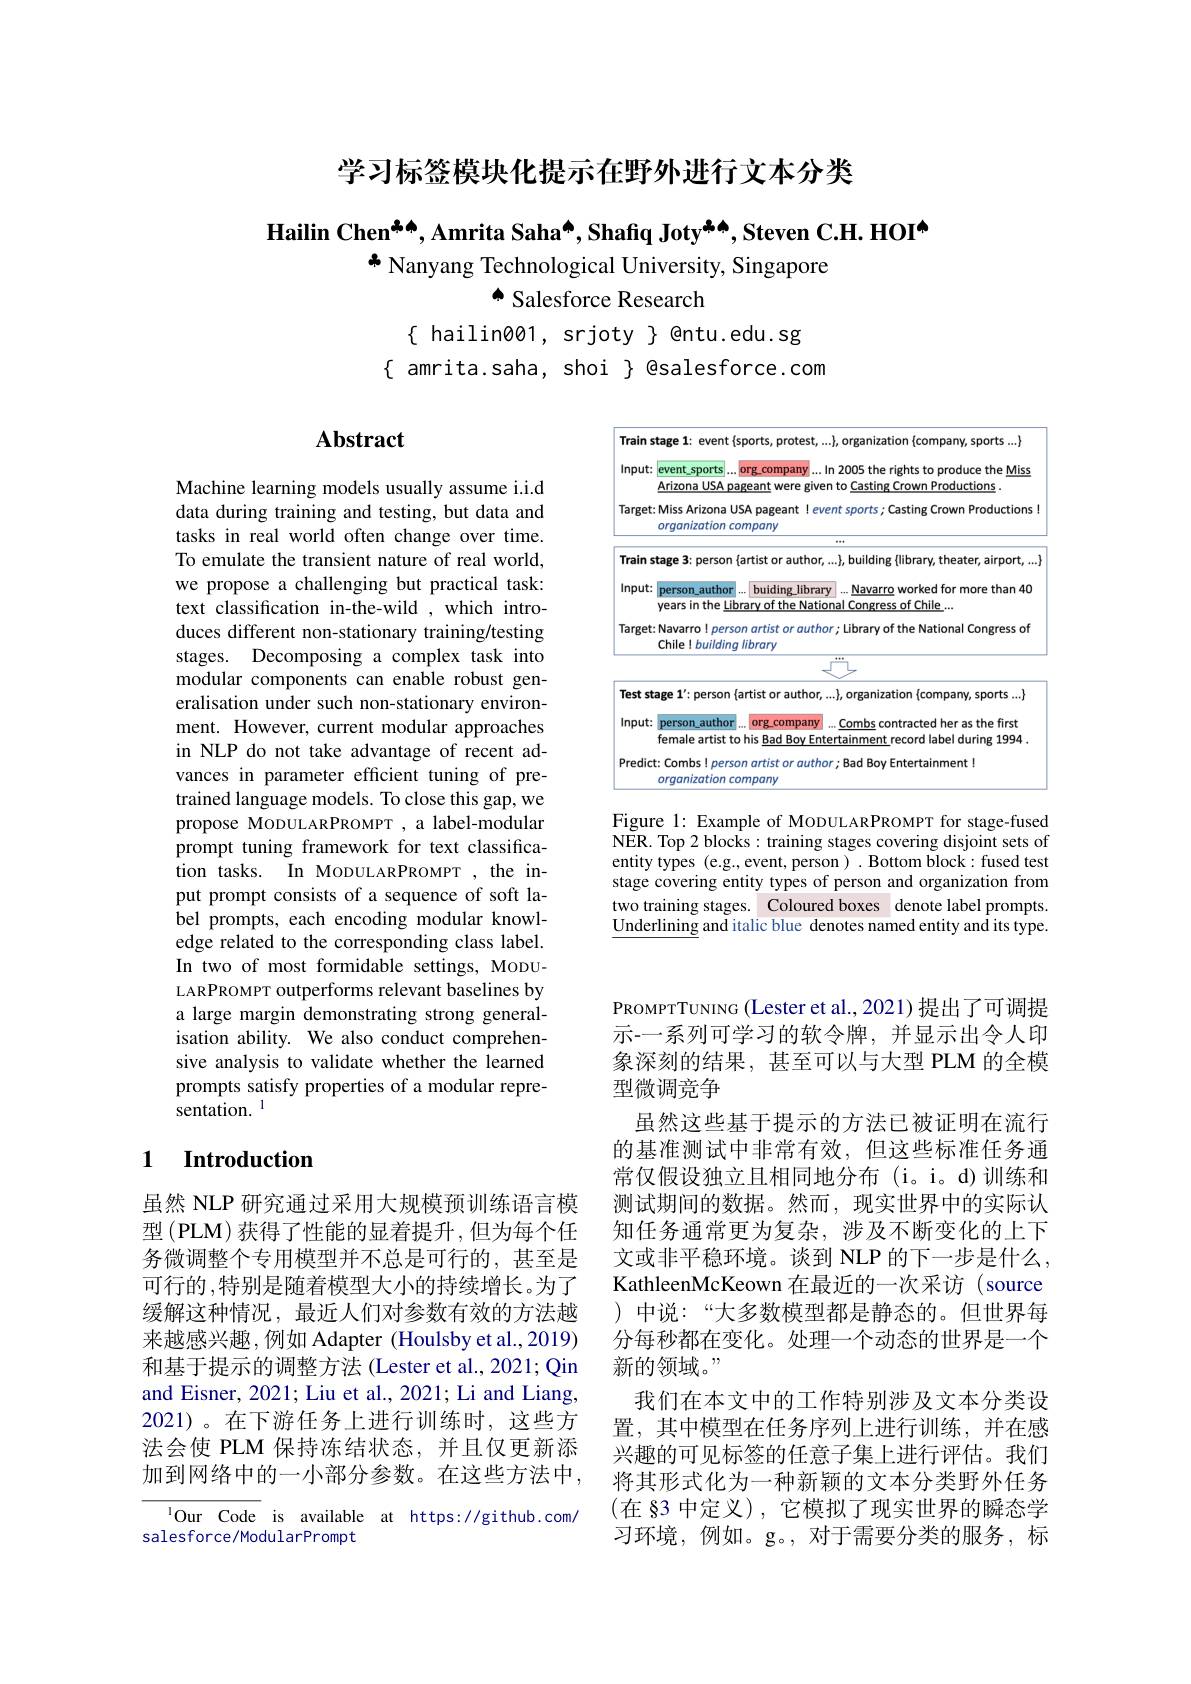
学习标签模块化提示在野外进行文本分类

Hailin Chen$^{*\spadesuit}$, Amrita Saha[INDEX] Shafıq Joty$^{*\spadesuit}$, Steven C.H. HOI[INDEX]
+ Nanyang Technological University, Singapore
▲ Salesforce Research

$\{$ hailin001, srjoty $\}$ @ntu.edu.sg
$\{$ amrita.saha, shoi $\}$ @salesforce.com

## Abstract

<FigureHere>

Figure 1: Example of MODULARPROMPT for stage-fused NER. Top 2 blocks: training stages covering disjoint sets of entity types (e.g., event, person ) . Bottom block: fused test stage covering entity types of person and organization from two training stages. Coloured boxes denote label prompts. $\underline{\text{Underlining}}$ and italic blue denotes named entity and its type.

Machine learning models usually assume i.i.d data during training and testing, but data and tasks in real world often change over time. To emulate the transient nature of real world, we propose a challenging but practical task: text classification in-the-wild ,which introduces different non-stationary training/testing stages. Decomposing a complex task into modular components can enable robust generalisation under such non-stationary environment. However, current modular approaches in NLP do not take advantage of recent advances in parameter effcient tuning of pretrained language models. To close this gap, we propose MODULARPROMPT , a label-modular prompt tuning framework for text classification tasks. In MoDULARPROMPT , the input prompt consists of a sequence of soft label prompts, each encoding modular knowledge related to the corresponding class label. In two of most formidable settings, MoDULARPROMPT outperforms relevant baselines by a large margin demonstrating strong generalisation ability. We also conduct comprehensive analysis to validate whether the learned prompts satisfy properties of a modular representation. 1

### 1 $\textbf{Introduction}$

虽然 NLP 研究通过采用大规模预训练语言模型 (PLM) 获得了性能的显着提升，但为每个任务微调整个专用模型并不总是可行的，甚至是可行的，特别是随着模型大小的持续增长。为了缓解这种情况，最近人们对参数有效的方法越来越感兴趣，例如 Adapter (Houlsby et al.,2019) 和基于提示的调整方法 (Lester et al., 2021; Qin and Eisner, 2021; Liu et al., 2021; Li and Liang, 2021)。在下游任务上进行训练时，这些方法会使 PLM 保持冻结状态，并且仅更新添加到网络中的一小部分参数。在这些方法中，

lOur Code is available at https://github.com/
salesforce/ModularPrompt

PROMPTTUNING (Lester et al., 2021) 提出了可调提示-一系列可学习的软令牌，并显示出令人印象深刻的结果，甚至可以与大型 PLM 的全模型微调竞争
虽然这些基于提示的方法已被证明在流行的基准测试中非常有效，但这些标准任务通常仅假设独立且相同地分布(i。i。d)训练和测试期间的数据。然而，现实世界中的实际认知任务通常更为复杂，涉及不断变化的上下文或非平稳环境。谈到 NLP 的下一步是什么， KathleenMcKeown 在最近的一次采访 (source )中说：“大多数模型都是静态的。但世界每分每秒都在变化。处理一个动态的世界是一个新的领域。”
我们在本文中的工作特别涉及文本分类设置，其中模型在任务序列上进行训练，并在感兴趣的可见标签的任意子集上进行评估。我们将其形式化为一种新颖的文本分类野外任务(在 §3 中定义), 它模拟了现实世界的瞬态学习环境，例如。g。, 对于需要分类的服务，标